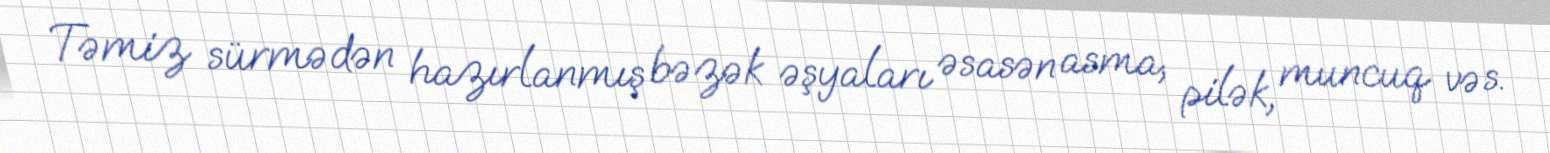
Təmiz sürmədən hazırlanmış bəzək əşyaları əsasən asma, pilək, muncuq və s.